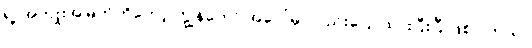
ရဲ့ အကျိုးအမြတ်ကိုတော့ ကျွန်တော် အပေါ်မှာလည်းပြောထားပြီးပြီ ဖြစ်ပါတယ်။